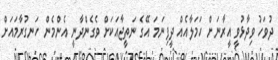
ދުވަހު ވިދާޅުވީ އީރާނަށް ހަމަލާއެއް ދީފިނަމަ އޭގެ ނަތީޖާއަކަށް ވެގެންދާނީ އެންމެން ހަނގުރާމައަށް